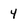
Character: 4